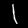
Label: 1